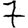
Digit: 7